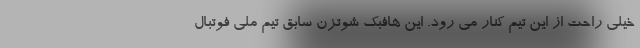
خیلی راحت از این تیم کنار می رود. این هافبک شوتزن سابق تیم ملی فوتبال